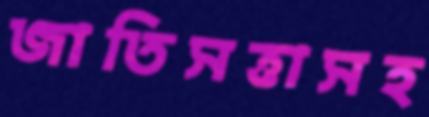
জাতিসত্তাসহ